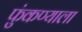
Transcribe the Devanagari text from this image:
फुंकण्याला